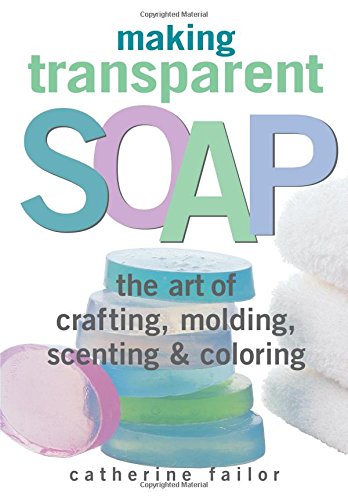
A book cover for Making Transparent Soap: The Art Of Crafting, Molding, Scenting & Coloring; Catherine Failor; Crafts, Hobbies & Home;